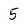
Character: 5